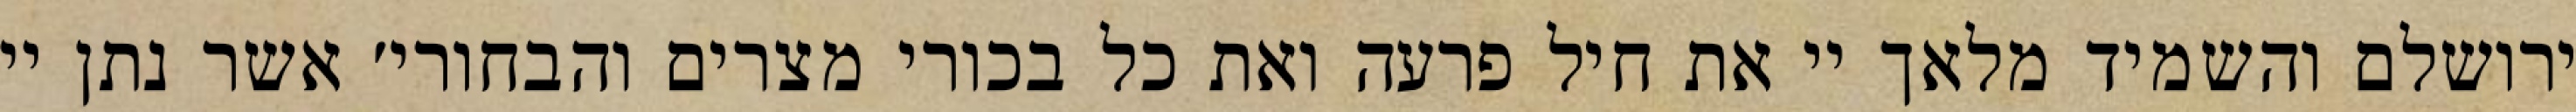
ירושלם והשמיד מלאך יי את חיל פרעה ואת כל בכורי מצרים והבחורי׳ אשר נתן יי